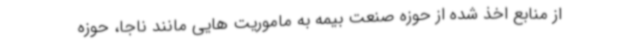
از منابع اخذ شده از حوزه صنعت بیمه به ماموریت هایی مانند ناجا، حوزه